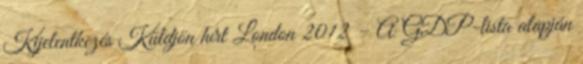
Kijelentkezés Küldjön hírt London 2012 – A GDP-lista alapján